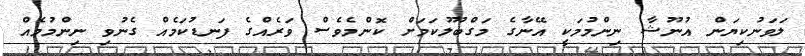
ލަވަނުކިޔަން އުނޫޝާ ނިންމުމަކީ އޭނާގެ މަގްބޫލުކަމަށް ކޮންމެވެސް ވަރެއްގެ ފަނޑުކަމެއް ގެނުވި ނިންމުމެއް